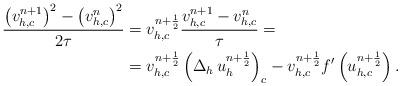
LaTeX: \begin{align*}\frac{\left(v^{n+1}_{h,c} \right)^2 - \left(v^n_{h,c} \right)^2}{2 \tau} &=v_{h,c}^{n+ \frac{1}{2}} \frac{v^{n+1}_{h,c} - v^{n}_{h,c}}{\tau} =\\& = v_{h,c}^{n+ \frac{1}{2}} \left( \Delta_h\, u_h^{n + \frac{1}{2}} \right)_c - v_{h,c}^{n+ \frac{1}{2}} f'\left( u_{h,c}^{n+\frac{1}{2}}\right).\end{align*}